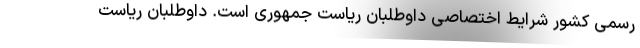
رسمی کشور شرایط اختصاصی داوطلبان ریاست جمهوری است. داوطلبان ریاست